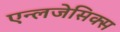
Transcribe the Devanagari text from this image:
एन्लजेसिक्स